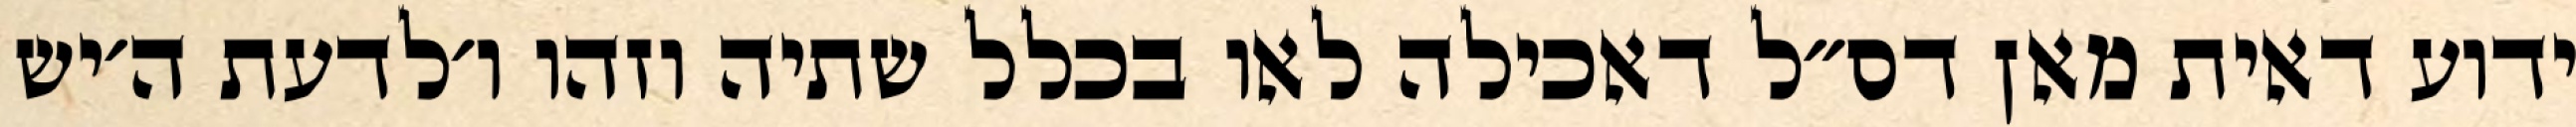
ידוע דאית מאן דס״ל דאכילה לאו בכלל שתיה וזהו ו׳לדעת ה׳יש